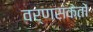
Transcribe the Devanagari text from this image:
वर्णसंकेतों